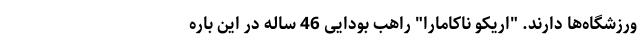
ورزشگاه‌ها دارند. "اریکو ناکامارا" راهب بودایی 46 ساله در این باره